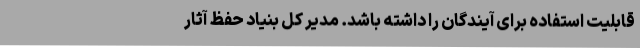
قابلیت استفاده برای آیندگان را داشته باشد. مدیر کل بنیاد حفظ آثار